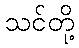
သင်တို့